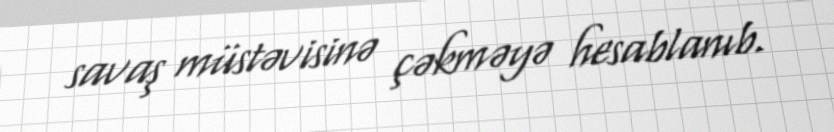
savaş müstəvisinə çəkməyə hesablanıb.